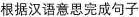
根据汉语意思完成句子